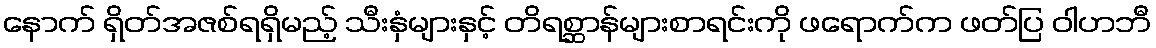
နောက် ရှိတ်အဇစ်ရရှိမည့် သီးနှံများနှင့် တိရစ္ဆာန်များစာရင်းကို ဖရောက်က ဖတ်ပြ ဝါဟဘီ